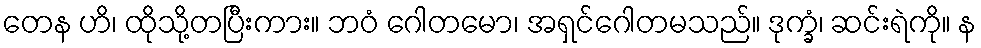
တေန ဟိ၊ ထိုသို့တပြီးကား။ ဘဝံ ဂေါတမော၊ အရှင်ဂေါတမသည်။ ဒုက္ခံ၊ ဆင်းရဲကို။ န